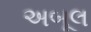
અબૂલ